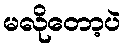
မလိုတော့ပဲ